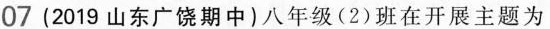
07(2019山东广饶期中)八年级(2)班在开展主题为